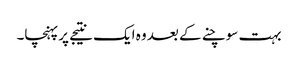
بہت سوچنے کے بعد وہ ایک نتیجے پرپہنچا۔